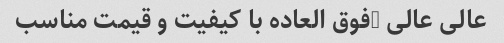
عالی عالی …فوق العاده با کیفیت و قیمت مناسب